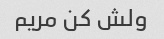
ولش کن مریم